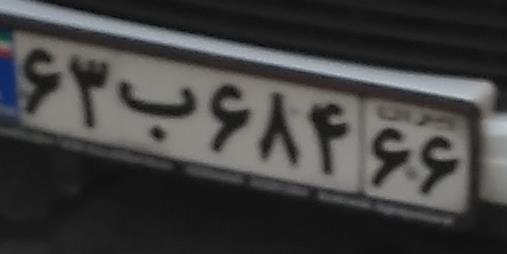
۶۳ب۶۸۴۶۶